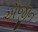
એજીન